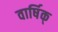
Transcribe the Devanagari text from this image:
वार्षिक्